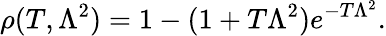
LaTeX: \rho(T,\Lambda^{2})=1-(1+T\Lambda^{2})e^{-T\Lambda^{2}}.